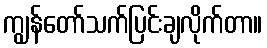
ကျွန်တော်သက်ပြင်းချလိုက်တာ။